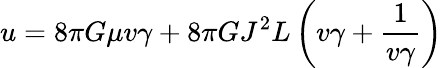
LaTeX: u=8\pi G\mu v\gamma+8\pi GJ^{2}L\left(v\gamma+\frac{1}{v\gamma}\right)